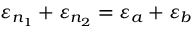
\varepsilon _ { n _ { 1 } } + \varepsilon _ { n _ { 2 } } = \varepsilon _ { a } + \varepsilon _ { b }